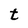
Character: t